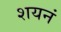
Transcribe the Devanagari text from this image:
शयनं